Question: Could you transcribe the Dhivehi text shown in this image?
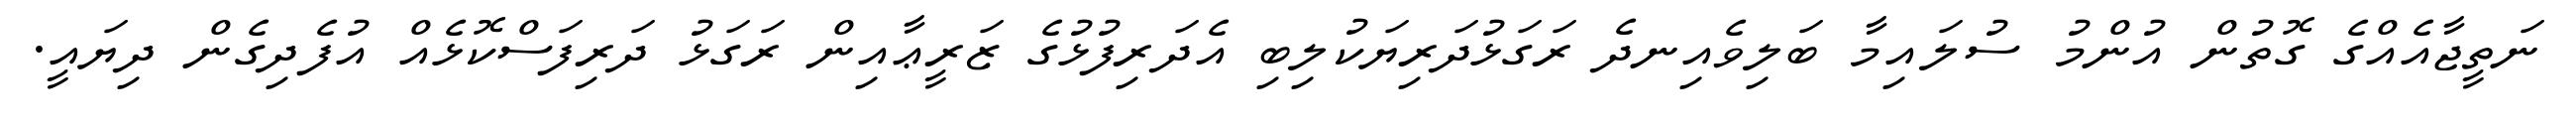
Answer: ނަތީޖާއެއްގެ ގޮތުން އުންމު ސުލައިމާ ބަލިވެއިނދެ ރަގަޅުދަރިޔަކުލިބި އެދަރިފުޅުގެ ޒަރީޢާއިން ރަގަޅު ދަރިފަސްކޮޅެއް އުފެދިގެން ދިޔައީ.